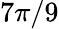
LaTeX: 7\pi/9